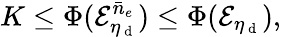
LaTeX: K\leq\Phi(\mathcal{E}_{\eta_{\mathrm{~d~}}}^{\bar{n}_{e}})\leq\Phi(\mathcal{E}_{\eta_{\mathrm{~d~}}}),